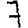
Digit: 7